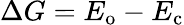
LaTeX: \Delta G=E_{\mathrm{o}}-E_{\mathrm{c}}